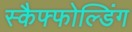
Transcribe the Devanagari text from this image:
स्कैफ्फोल्डिंग